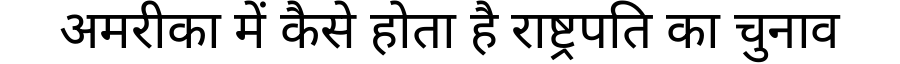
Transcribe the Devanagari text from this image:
अमरीका में कैसे होता है राष्ट्रपति का चुनाव